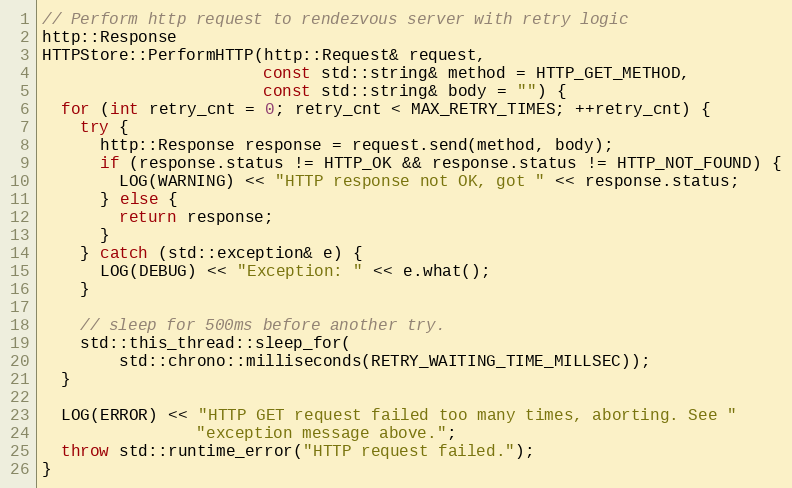
Language: C++
// Perform http request to rendezvous server with retry logic
http::Response
HTTPStore::PerformHTTP(http::Request& request,
                       const std::string& method = HTTP_GET_METHOD,
                       const std::string& body = "") {
  for (int retry_cnt = 0; retry_cnt < MAX_RETRY_TIMES; ++retry_cnt) {
    try {
      http::Response response = request.send(method, body);
      if (response.status != HTTP_OK && response.status != HTTP_NOT_FOUND) {
        LOG(WARNING) << "HTTP response not OK, got " << response.status;
      } else {
        return response;
      }
    } catch (std::exception& e) {
      LOG(DEBUG) << "Exception: " << e.what();
    }

    // sleep for 500ms before another try.
    std::this_thread::sleep_for(
        std::chrono::milliseconds(RETRY_WAITING_TIME_MILLSEC));
  }

  LOG(ERROR) << "HTTP GET request failed too many times, aborting. See "
                "exception message above.";
  throw std::runtime_error("HTTP request failed.");
}